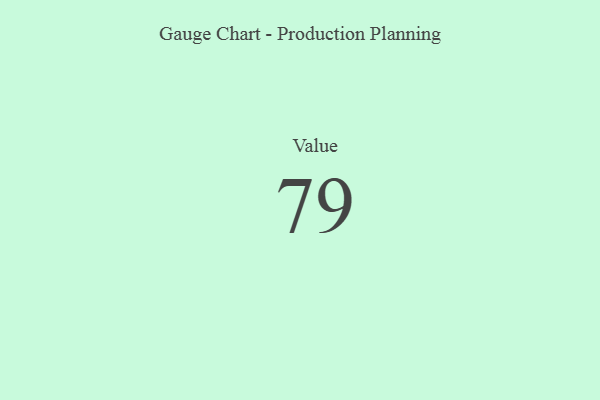
{"axis": {"x": "Metric", "y": "Value"}, "legend": [""], "data": [{"x": "Value", "y": 79, "type": ""}]}